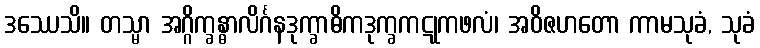
ဒဿေသိ။ တသ္မာ အဂ္ဂိက္ခန္ဓာလိင်္ဂနဒုက္ခာဓိကဒုက္ခကဋုကဖလံ၊ အဝိဇဟတော ကာမသုခံ, သုခံ